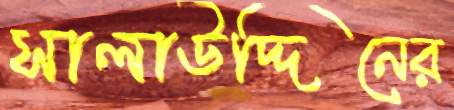
সালাউদ্দিনের